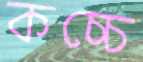
কচ্চে